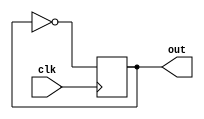
// ------------------------------
// Design Name: Blinking
// Functionality: 1-bit blinking
// ------------------------------
module blinking(
  clk,
  out
);

input clk;
output reg out;

  always @(posedge clk) begin
    out = ~out;
  end

endmodule